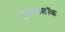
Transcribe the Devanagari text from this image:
डुअलशॉक